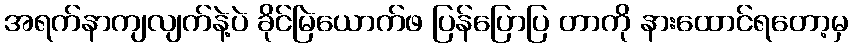
အရက်နာကျလျက်နဲ့ပဲ ခိုင်မြဲယောက်ဖ ပြန်ပြောပြ တာကို နားထောင်ရတော့မှ